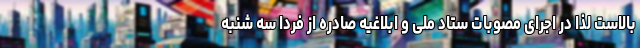
بالاست لذا در اجرای مصوبات ستاد ملی و ابلاغیه صادره از فردا سه شنبه